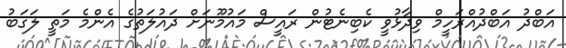
އަބްދު އަބްދުއްރަހީމް ވިދާޅުވީ ކެބިނެޓުން ރައީސް މައުމޫނަށް ދައުލަތުގެ އެންމެ މަތީ ލަގަބު